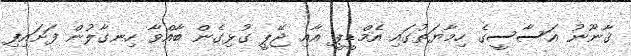
ޤާނޫނު އަސާސީގެ ހިމާޔަތުގައި އެމްޑީޕީ އާއި ޖޭޕީ ގުޅިގެން ބާއްވާ ހިނގާލުން ފަށައިފި